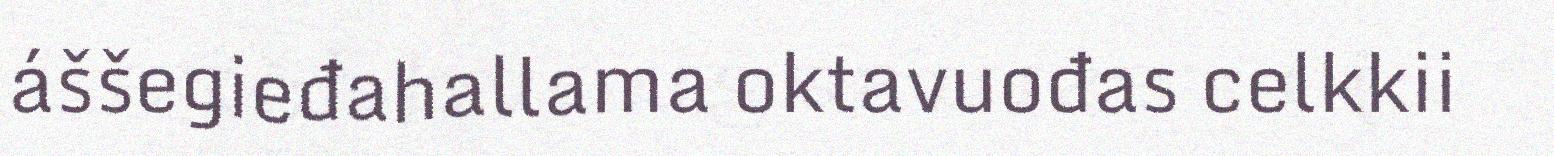
áššegieđahallama oktavuođas celkkii